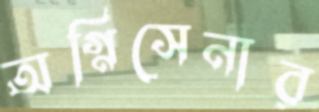
অগ্নিসেনার